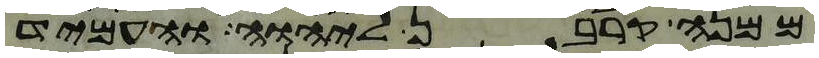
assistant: ממנה קרבן ליהוה והעמיד